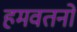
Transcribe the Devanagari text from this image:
हमवतनों